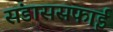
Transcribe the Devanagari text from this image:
संडाससफाई